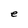
Character: e